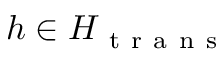
h \in H _ { \mathrm { ~ t ~ r ~ a ~ n ~ s ~ } }